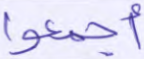
أجمعوا